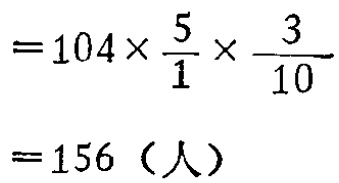
\[

\begin{align*}

&=104\times\frac{5}{1}\times\frac{3}{10}\\

&=156（人）

\end{align*}

\]